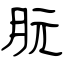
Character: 朊